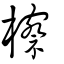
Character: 檫